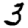
Digit: 3